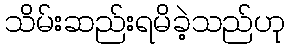
သိမ်းဆည်းရမိခဲ့သည်ဟု